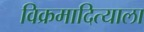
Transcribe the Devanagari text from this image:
विक्रमादित्याला